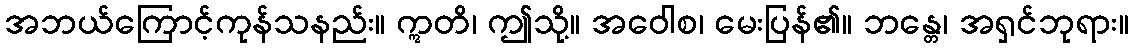
အဘယ်ကြောင့်ကုန်သနည်း။ ဣတိ၊ ဤသို့။ အဝေါစ၊ မေးပြန်၏။ ဘန္တေ၊ အရှင်ဘုရား။